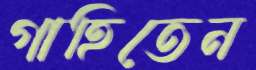
গাহিতেন